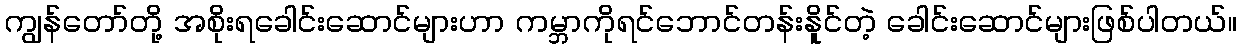
ကျွန်တော်တို့ အစိုးရခေါင်းဆောင်များဟာ ကမ္ဘာကိုရင်ဘောင်တန်းနိူင်တဲ့ ခေါင်းဆောင်များဖြစ်ပါတယ်။